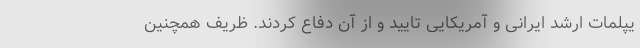
یپلمات ارشد ایرانی و آمریکایی تایید و از آن دفاع کردند. ظریف همچنین